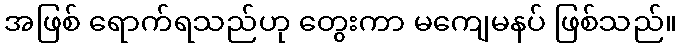
အဖြစ် ရောက်ရသည်ဟု တွေးကာ မကျေမနပ် ဖြစ်သည်။